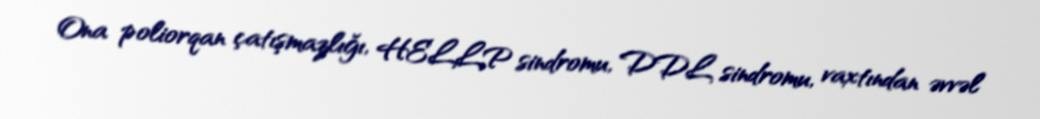
Ona poliorqan çatışmazlığı, HELLP sindromu, DDL sindromu, vaxtından əvvəl